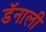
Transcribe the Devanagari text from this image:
डॅनाली